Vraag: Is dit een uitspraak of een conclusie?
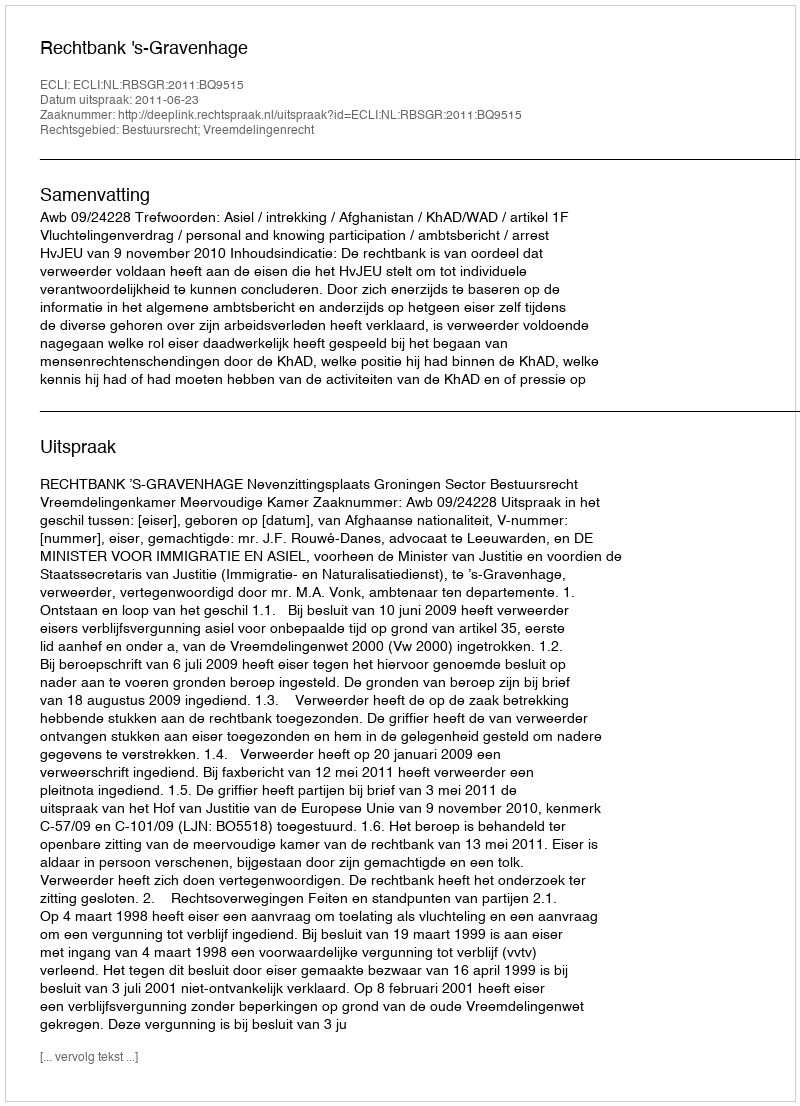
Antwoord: Uitspraak